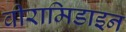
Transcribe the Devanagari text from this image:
वीरामिडाइन